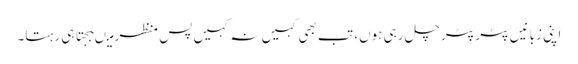
اپنی زبانیں پٹر پٹر چل رہی ہوں، تب بھی کہیں نہ کہیں پسِ منظر میںبجتا ہی رہتا۔